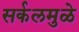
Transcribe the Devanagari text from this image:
सर्कलमुळे